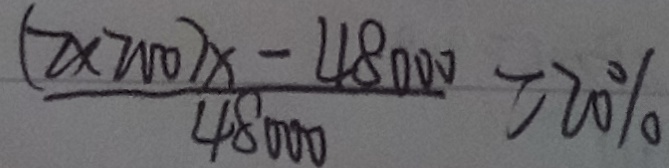
\frac { ( 2 \times 2 0 0 ) x - 4 8 0 0 0 } { 4 8 0 0 0 } = 2 0 \%